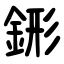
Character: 䤯